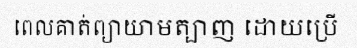
ពេលគាត់ព្យាយាមត្បាញ ដោយប្រើ